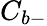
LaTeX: C_{b-}